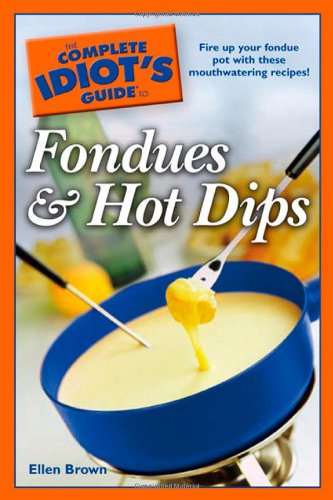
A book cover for The Complete Idiot's Guide to Fondues and Hot Dips; Ellen Brown; Cookbooks, Food & Wine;